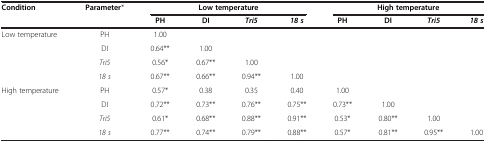
| <ROWSPAN=2> Condition | <ROWSPAN=2> Parameter* | <COLSPAN=4> Low temperature | <COLSPAN=4> High temperature |
 | PH | DI | Tri5 | 18 s | PH | DI | Tri5 | 18 s |
 | --- | --- | --- | --- | --- | --- | --- | --- | --- | --- |
 | <ROWSPAN=4> Low temperature | PH | 1.00 |  |  |  |  |  |  |  |
 | DI | 0.64** | 1.00 |  |  |  |  |  |  |
 | Tri5 | 0.56* | 0.67** | 1.00 |  |  |  |  |  |
 | 18 s | 0.67** | 0.66** | 0.94** | 1.00 |  |  |  |  |
 | <ROWSPAN=4> High temperature | PH | 0.57* | 0.38 | 0.35 | 0.40 | 1.00 |  |  |  |
 | DI | 0.72** | 0.73** | 0.76** | 0.75** | 0.73** | 1.00 |  |  |
 | Tri5 | 0.61* | 0.68** | 0.88** | 0.91** | 0.53* | 0.80** | 1.00 |  |
 | 18 s | 0.77** | 0.74** | 0.79** | 0.88** | 0.57* | 0.81** | 0.95** | 1.00 |